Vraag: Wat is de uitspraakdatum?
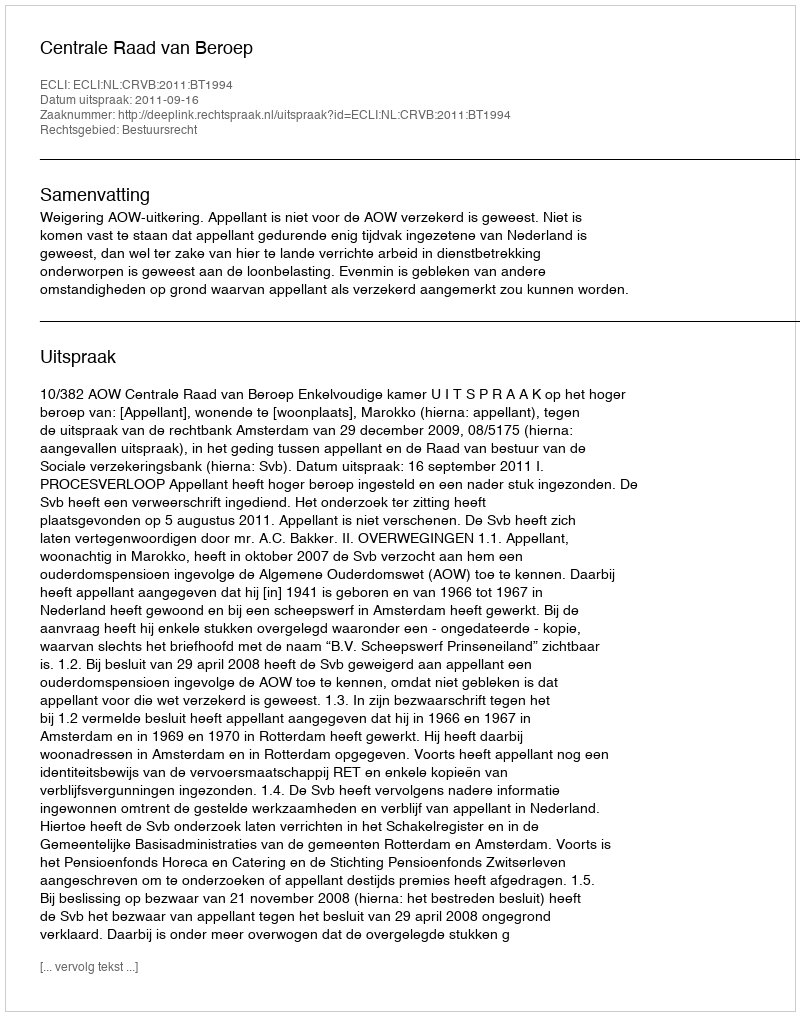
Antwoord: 2011-09-16